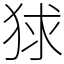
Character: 𤞰